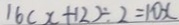
1 6 ( x + 1 2 ) \div 2 = 1 0 x